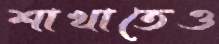
শাখাতেও